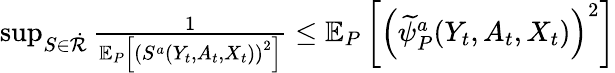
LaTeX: \begin{array}{r}{\operatorname*{sup}_{S\in\dot{\mathcal{R}}}\frac{1}{\mathbb{E}_{P}\left[\left(S^{a}(Y_{t},A_{t},X_{t})\right)^{2}\right]}\leq\mathbb{E}_{P}\left[\left(\widetilde{\psi}_{P}^{a}(Y_{t},A_{t},X_{t})\right)^{2}\right]}\end{array}